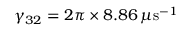
\gamma _ { 3 2 } = 2 \pi \times 8 . 8 6 \, \mu \mathrm { s } ^ { - 1 }